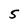
Character: 5